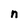
Character: n